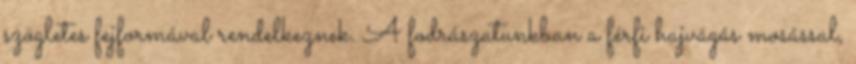
szögletes fejformával rendelkeznek. A fodrászatunkban a férfi hajvágás mosással,